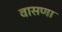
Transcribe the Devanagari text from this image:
वासणा